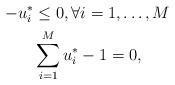
LaTeX: \begin{gather*}-u_i^* \le 0,\forall i=1, \ldots, M\,\\\sum\limits_{i=1}^M u_i^* - 1 = 0,\end{gather*}